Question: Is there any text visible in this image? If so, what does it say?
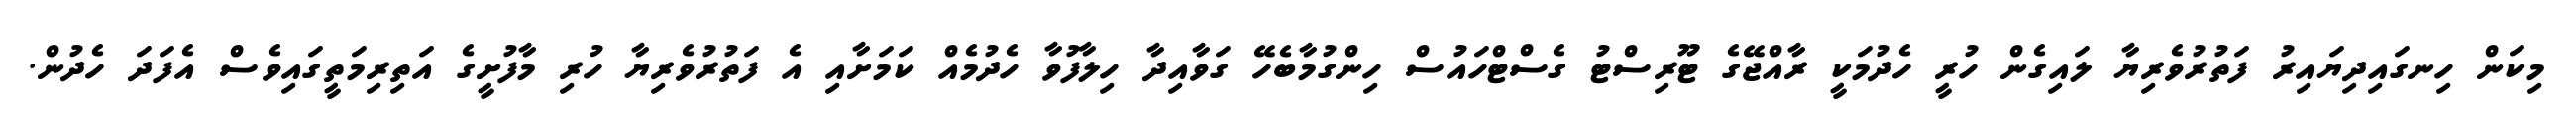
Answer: މިކަން ހިނގައިދިޔައިރު ފަތުރުވެރިޔާ ލައިގެން ހުރީ ހެދުމަކީ ރާއްޖޭގެ ޓޫރިސްޓު ގެސްޓްހައުސް ހިންގުމާބެހޭ ގަވާއިދާ ހިލާފުވާ ހެދުމެއް ކަމަށާއި އެ ފަތުރުވެރިޔާ ހުރި މާފުށީގެ އަތިރިމަތީގައިވެސް އެފަދަ ހެދުން.